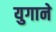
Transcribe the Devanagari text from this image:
युगाने